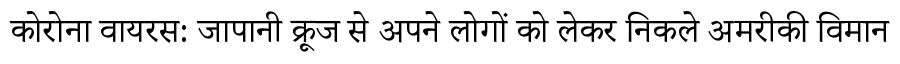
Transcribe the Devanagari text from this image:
कोरोना वायरस: जापानी क्रूज से अपने लोगों को लेकर निकले अमरीकी विमान